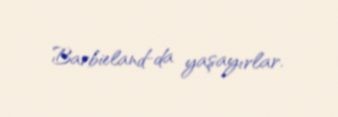
Barbieland-da yaşayırlar.